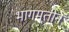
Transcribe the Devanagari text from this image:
भागमतीने